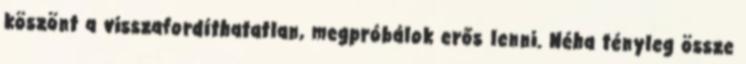
köszönt a visszafordíthatatlan, megpróbálok erős lenni. Néha tényleg össze